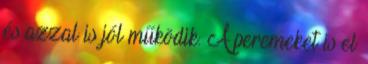
és azzal is jól működik. A peremeket is el